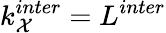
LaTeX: k_{\mathcal{X}}^{inter}=L^{inter}